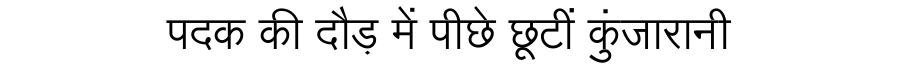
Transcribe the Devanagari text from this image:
पदक की दौड़ में पीछे छूटीं कुंजारानी